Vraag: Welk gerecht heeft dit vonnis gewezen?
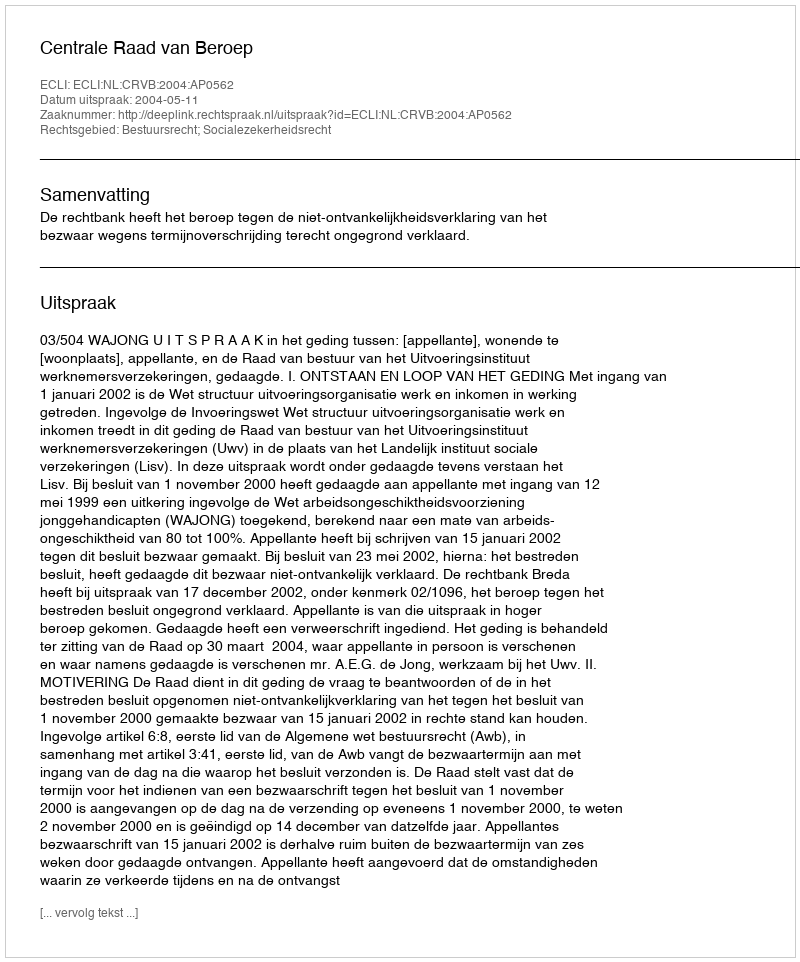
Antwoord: Centrale Raad van Beroep